Distribution and causation of leprosy in British India
Year: 1875
Disease focus: Leprosy
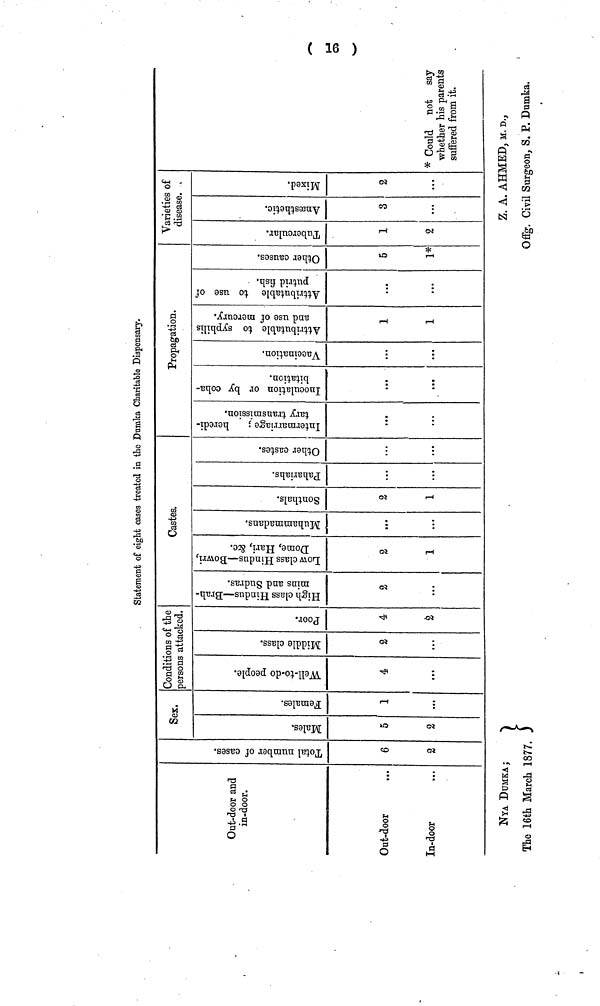
(16)
Statement of eight cases treated in the Dumka Charitable Dispensary.
Out-door and
in-door.
Out-door
In-door
Sex.
6
2
5
2
1
Conditions of the
persons attacked.
4
2
4
2
Castes.
2
2
1
• ••
2
1
...
...
Propagation.
...
...
* • •
1
1
5
1*
Varieties of
disease.
1
2
3
2
* Could not say
whether his parents
suffered from it.
NYA DUMKA;
Z. A. AHMED, M. D.,
The 16th March 1877.
Offg. Civil Surgeon, S. P. Dumka.